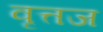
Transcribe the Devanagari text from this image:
वृत्तज